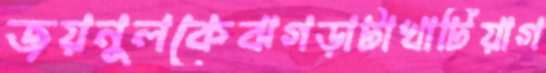
জয়নুলকেঝগড়াটাখাটিয়াগ